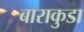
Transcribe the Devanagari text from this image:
बाराकुडा